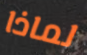
لماذا